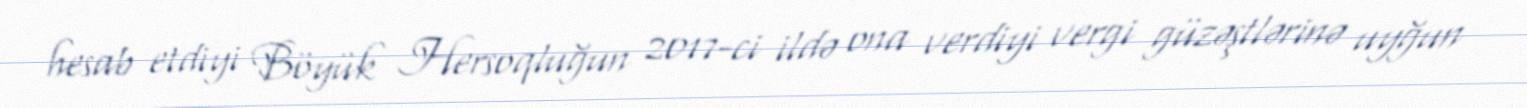
hesab etdiyi Böyük Hersoqluğun 2017-ci ildə ona verdiyi vergi güzəştlərinə uyğun